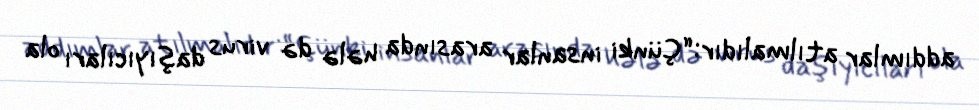
addımlar atılmalıdır:“Çünki insanlar arasında hələ də virus daşıyıcıları ola